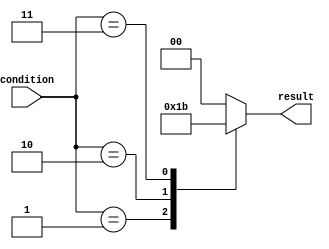
module parallel_case_statement (
    input wire [3:0] condition,
    output reg [1:0] result
);

always @* begin
    case (condition)
        4'b0000: result = 2'b00;
        4'b0001: result = 2'b01;
        4'b0010: result = 2'b10;
        4'b0011: result = 2'b11;
        default: result = 2'b00;
    endcase
end

endmodule